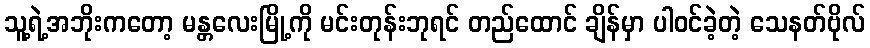
သူ့ရဲ့အဘိုးကတော့ မန္တလေးမြို့ကို မင်းတုန်းဘုရင် တည်ထောင် ချိန်မှာ ပါဝင်ခဲ့တဲ့ သေနတ်ဗိုလ်